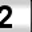
Digit: 2